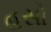
હસો